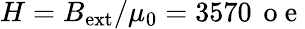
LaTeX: H=B_{\mathrm{ext}}/\mu_{0}=3570\, \mathrm{~o~e~}